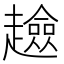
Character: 𧾏